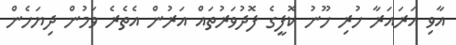
އާވި އަރައަރާ ހުރި ހޫނު ކޮފީގެ ފޮދުވަރުތައް އަރުން އެތެރެ ވަމުން ދިޔަހެން